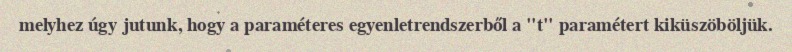
melyhez úgy jutunk, hogy a paraméteres egyenletrendszerből a "t" paramétert kiküszöböljük.